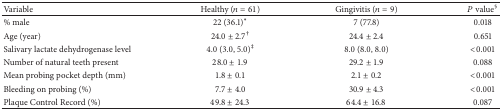
| Variable | Healthy (n = 61) | Gingivitis (n = 9) | P value§ |
 | --- | --- | --- | --- |
 | % male | 22 (36.1)∗ | 7 (77.8) | 0.018 |
 | Age (year) | 24.0 ± 2.7† | 24.4 ± 2.4 | 0.651 |
 | Salivary lactate dehydrogenase level | 4.0 (3.0, 5.0)‡ | 8.0 (8.0, 8.0) | <0.001 |
 | Number of natural teeth present | 28.0 ± 1.9 | 29.2 ± 1.9 | 0.088 |
 | Mean probing pocket depth (mm) | 1.8 ± 0.1 | 2.1 ± 0.2 | <0.001 |
 | Bleeding on probing (%) | 7.7 ± 4.0 | 30.9 ± 4.3 | <0.001 |
 | Plaque Control Record (%) | 49.8 ± 24.3 | 64.4 ± 16.8 | 0.087 |